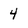
Character: 4